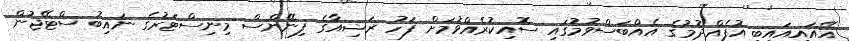
އޭއައިއައިބީ އުފެއްދުމުގެ އެއްބަސްވުމުގައި ސޮއިކުރެއްވުމަށް ފަހު ރަޝިއާގެ ފިނޭންސް މިނިސްޓަރުގެ ނައިބު ސްޓޭޖުން